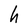
Character: h